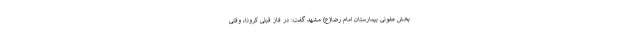
بخش عفونی بیمارستان امام رضا(ع) مشهد گفت: در فاز قبلی کرونا، وقتی